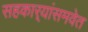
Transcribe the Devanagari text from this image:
सहकार्‍यांसमवेत